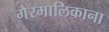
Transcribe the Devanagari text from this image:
गैरमालिकाना